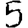
Digit: 5